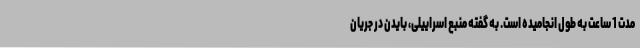
مدت 1 ساعت به طول انجامیده است. به گفته منبع اسراییلی، بایدن در جریان